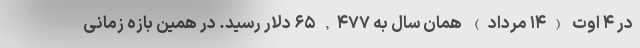
در ۴ اوت (۱۴ مرداد) همان سال به ۶۵,۴۷۷ دلار رسید. در همین بازه زمانی